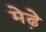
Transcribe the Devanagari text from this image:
मेढे़